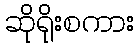
ဆိုရိုးစကား